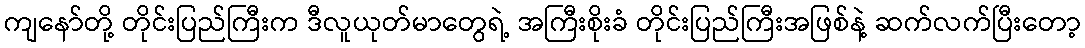
ကျနော်တို့ တိုင်းပြည်ကြီးက ဒီလူယုတ်မာတွေရဲ့ အကြီးစိုးခံ တိုင်းပြည်ကြီးအဖြစ်နဲ့ ဆက်လက်ပြီးတော့